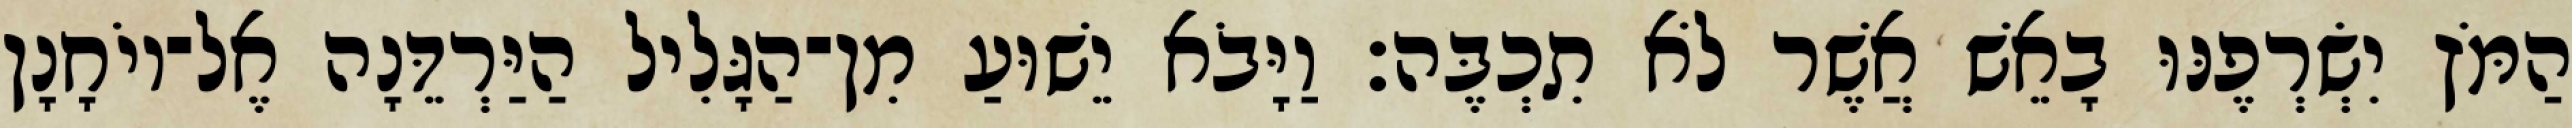
הַמֹּץ יִשְׂרְפֶנּוּ בָאֵשׁ אֲשֶׁר לֹא תִכְבֶּה׃ וַיָּבֹא יֵשׁוּעַ מִן־הַגָּלִיל הַיַּרְדֵּנָה אֶל־יוֹחָנָן